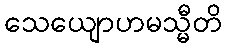
သေယျောဟမသ္မီတိ